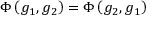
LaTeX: \Phi \left( g _ { 1 } , g _ { 2 } \right) = \Phi \left( g _ { 2 } , g _ { 1 } \right)